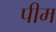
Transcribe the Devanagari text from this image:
पीम